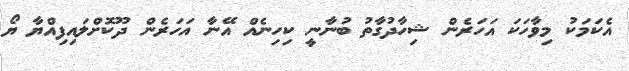
އެކަމަކު މިވާހަކަ އަހަރެން ޝިހާދުގާތު ބުނާނީ ކިހިނެއް އޭނާ އަހަރެން ދޫކޮށްލައިފިއްޔާ ޔޯ